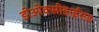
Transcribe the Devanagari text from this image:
डीओक्सीडाईसड